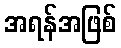
အရန်အဖြစ်